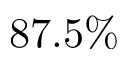
8 7 . 5 \%